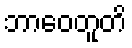
ဘာဝေတူတိ